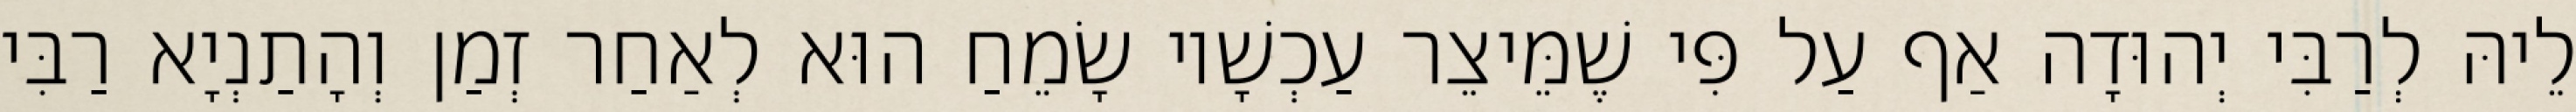
לֵיהּ לְרַבִּי יְהוּדָה אַף עַל פִּי שֶׁמֵּיצֵר עַכְשָׁיו שָׂמֵחַ הוּא לְאַחַר זְמַן וְהָתַנְיָא רַבִּי